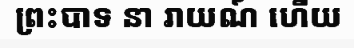
ព្រះបាទ នា រាយណ៍ ហើយ